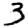
Digit: 3